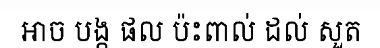
អាច បង្ក ផល ប៉ះពាល់ ដល់ សួត